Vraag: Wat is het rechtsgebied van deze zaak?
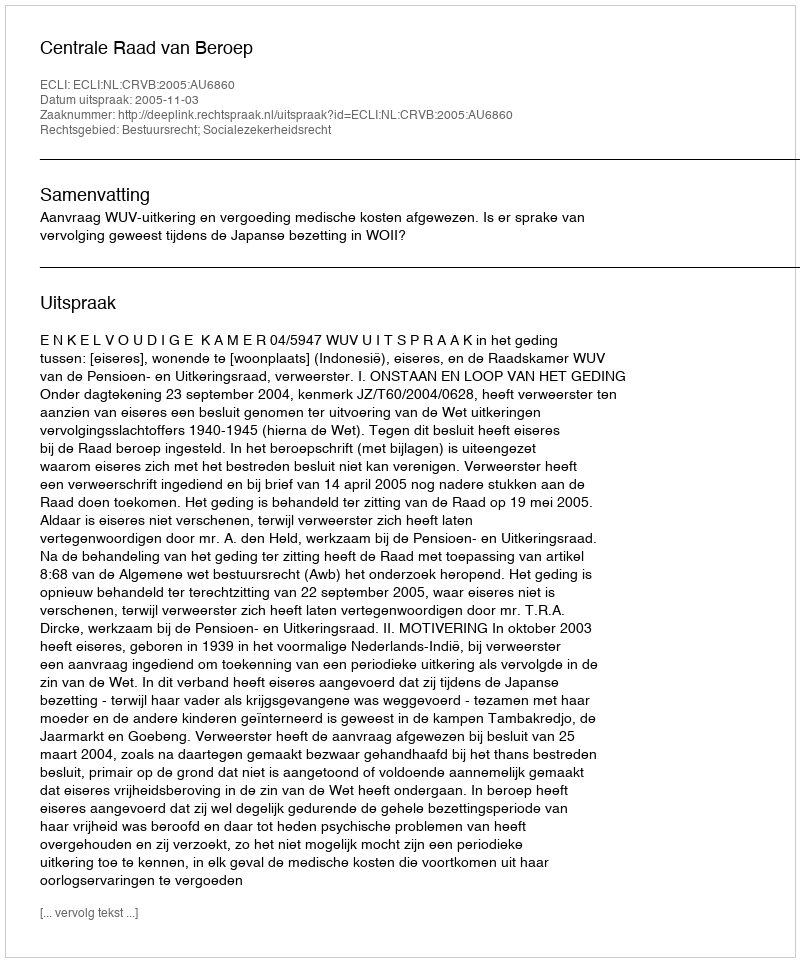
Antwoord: Bestuursrecht; Socialezekerheidsrecht